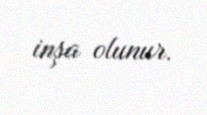
inşa olunur.